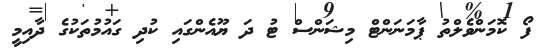
ފޯ ކޮމަންވެލްތު ޕާމަނަންޓް މިޝަންސް ޓު ދަ ޔޫއެންގައި ކުދި ގައުމުތަކުގެ ދާއިމީ